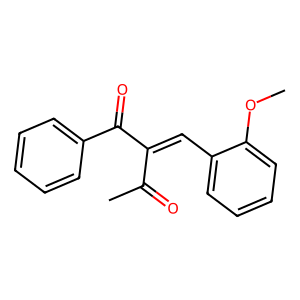
SMILES: COc1ccccc1C=C(C(C)=O)C(=O)c1ccccc1
Inhibits HIV replication: No